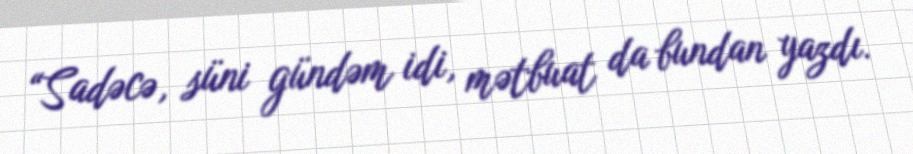
“Sadəcə, süni gündəm idi, mətbuat da bundan yazdı.